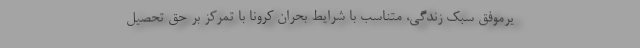
یرموفق سبک زندگی، متناسب با شرایط بحران کرونا با تمرکز بر حق تحصیل